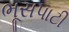
ભૂસપાટી